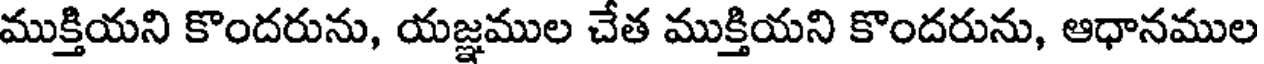
ముక్తియని కొందరును, యజ్ఞముల చేత ముక్తియని కొందరును, ఆధానముల